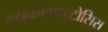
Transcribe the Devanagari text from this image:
ल्यूकोसाइटोसिस